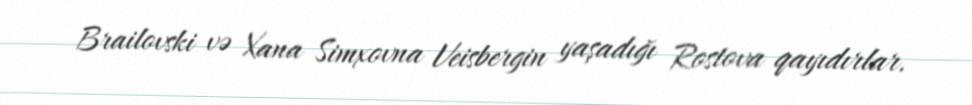
Brailovski və Xana Simxovna Veisbergin yaşadığı Rostova qayıdırlar.